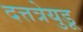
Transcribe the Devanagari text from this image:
दत्तत्रेयुडू